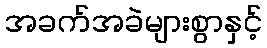
အခက်အခဲများစွာနှင့်